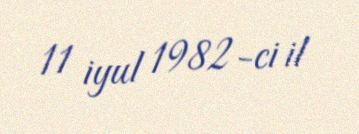
11 iyul 1982-ci il